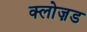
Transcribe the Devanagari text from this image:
क्लोज़ड